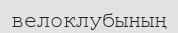
велоклубының